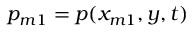
p _ { m 1 } = p ( x _ { m 1 } , y , t )